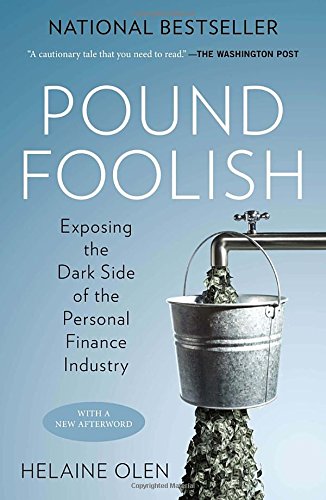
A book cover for Pound Foolish: Exposing the Dark Side of the Personal Finance Industry; Helaine Olen; Business & Money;